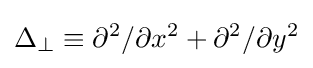
\Delta _{\perp }\equiv \partial ^{2}/\partial x^{2}+\partial ^{2}/\partial y^{2}